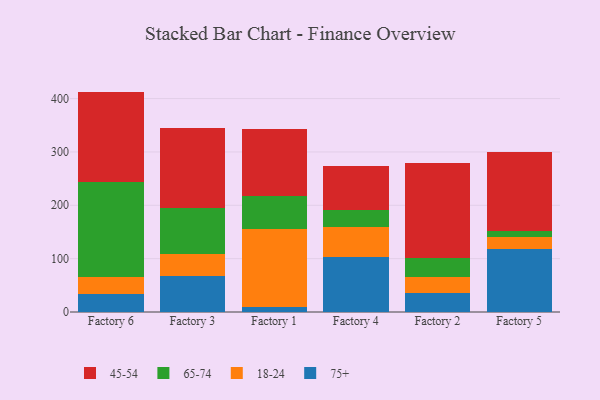
{"axis": {"x": "Factory", "y": "Production Output"}, "legend": ["18-24", "45-54", "65-74", "75+"], "data": [{"x": "Factory 6", "y": 33.7, "type": "75+"}, {"x": "Factory 6", "y": 31.1, "type": "18-24"}, {"x": "Factory 6", "y": 178.9, "type": "65-74"}, {"x": "Factory 6", "y": 169.4, "type": "45-54"}, {"x": "Factory 3", "y": 66.8, "type": "75+"}, {"x": "Factory 3", "y": 42.8, "type": "18-24"}, {"x": "Factory 3", "y": 84.9, "type": "65-74"}, {"x": "Factory 3", "y": 150.6, "type": "45-54"}, {"x": "Factory 1", "y": 8.9, "type": "75+"}, {"x": "Factory 1", "y": 146.0, "type": "18-24"}, {"x": "Factory 1", "y": 63.3, "type": "65-74"}, {"x": "Factory 1", "y": 124.8, "type": "45-54"}, {"x": "Factory 4", "y": 103.5, "type": "75+"}, {"x": "Factory 4", "y": 56.0, "type": "18-24"}, {"x": "Factory 4", "y": 31.8, "type": "65-74"}, {"x": "Factory 4", "y": 81.6, "type": "45-54"}, {"x": "Factory 2", "y": 35.7, "type": "75+"}, {"x": "Factory 2", "y": 30.4, "type": "18-24"}, {"x": "Factory 2", "y": 35.2, "type": "65-74"}, {"x": "Factory 2", "y": 177.3, "type": "45-54"}, {"x": "Factory 5", "y": 117.6, "type": "75+"}, {"x": "Factory 5", "y": 23.1, "type": "18-24"}, {"x": "Factory 5", "y": 11.8, "type": "65-74"}, {"x": "Factory 5", "y": 146.5, "type": "45-54"}]}